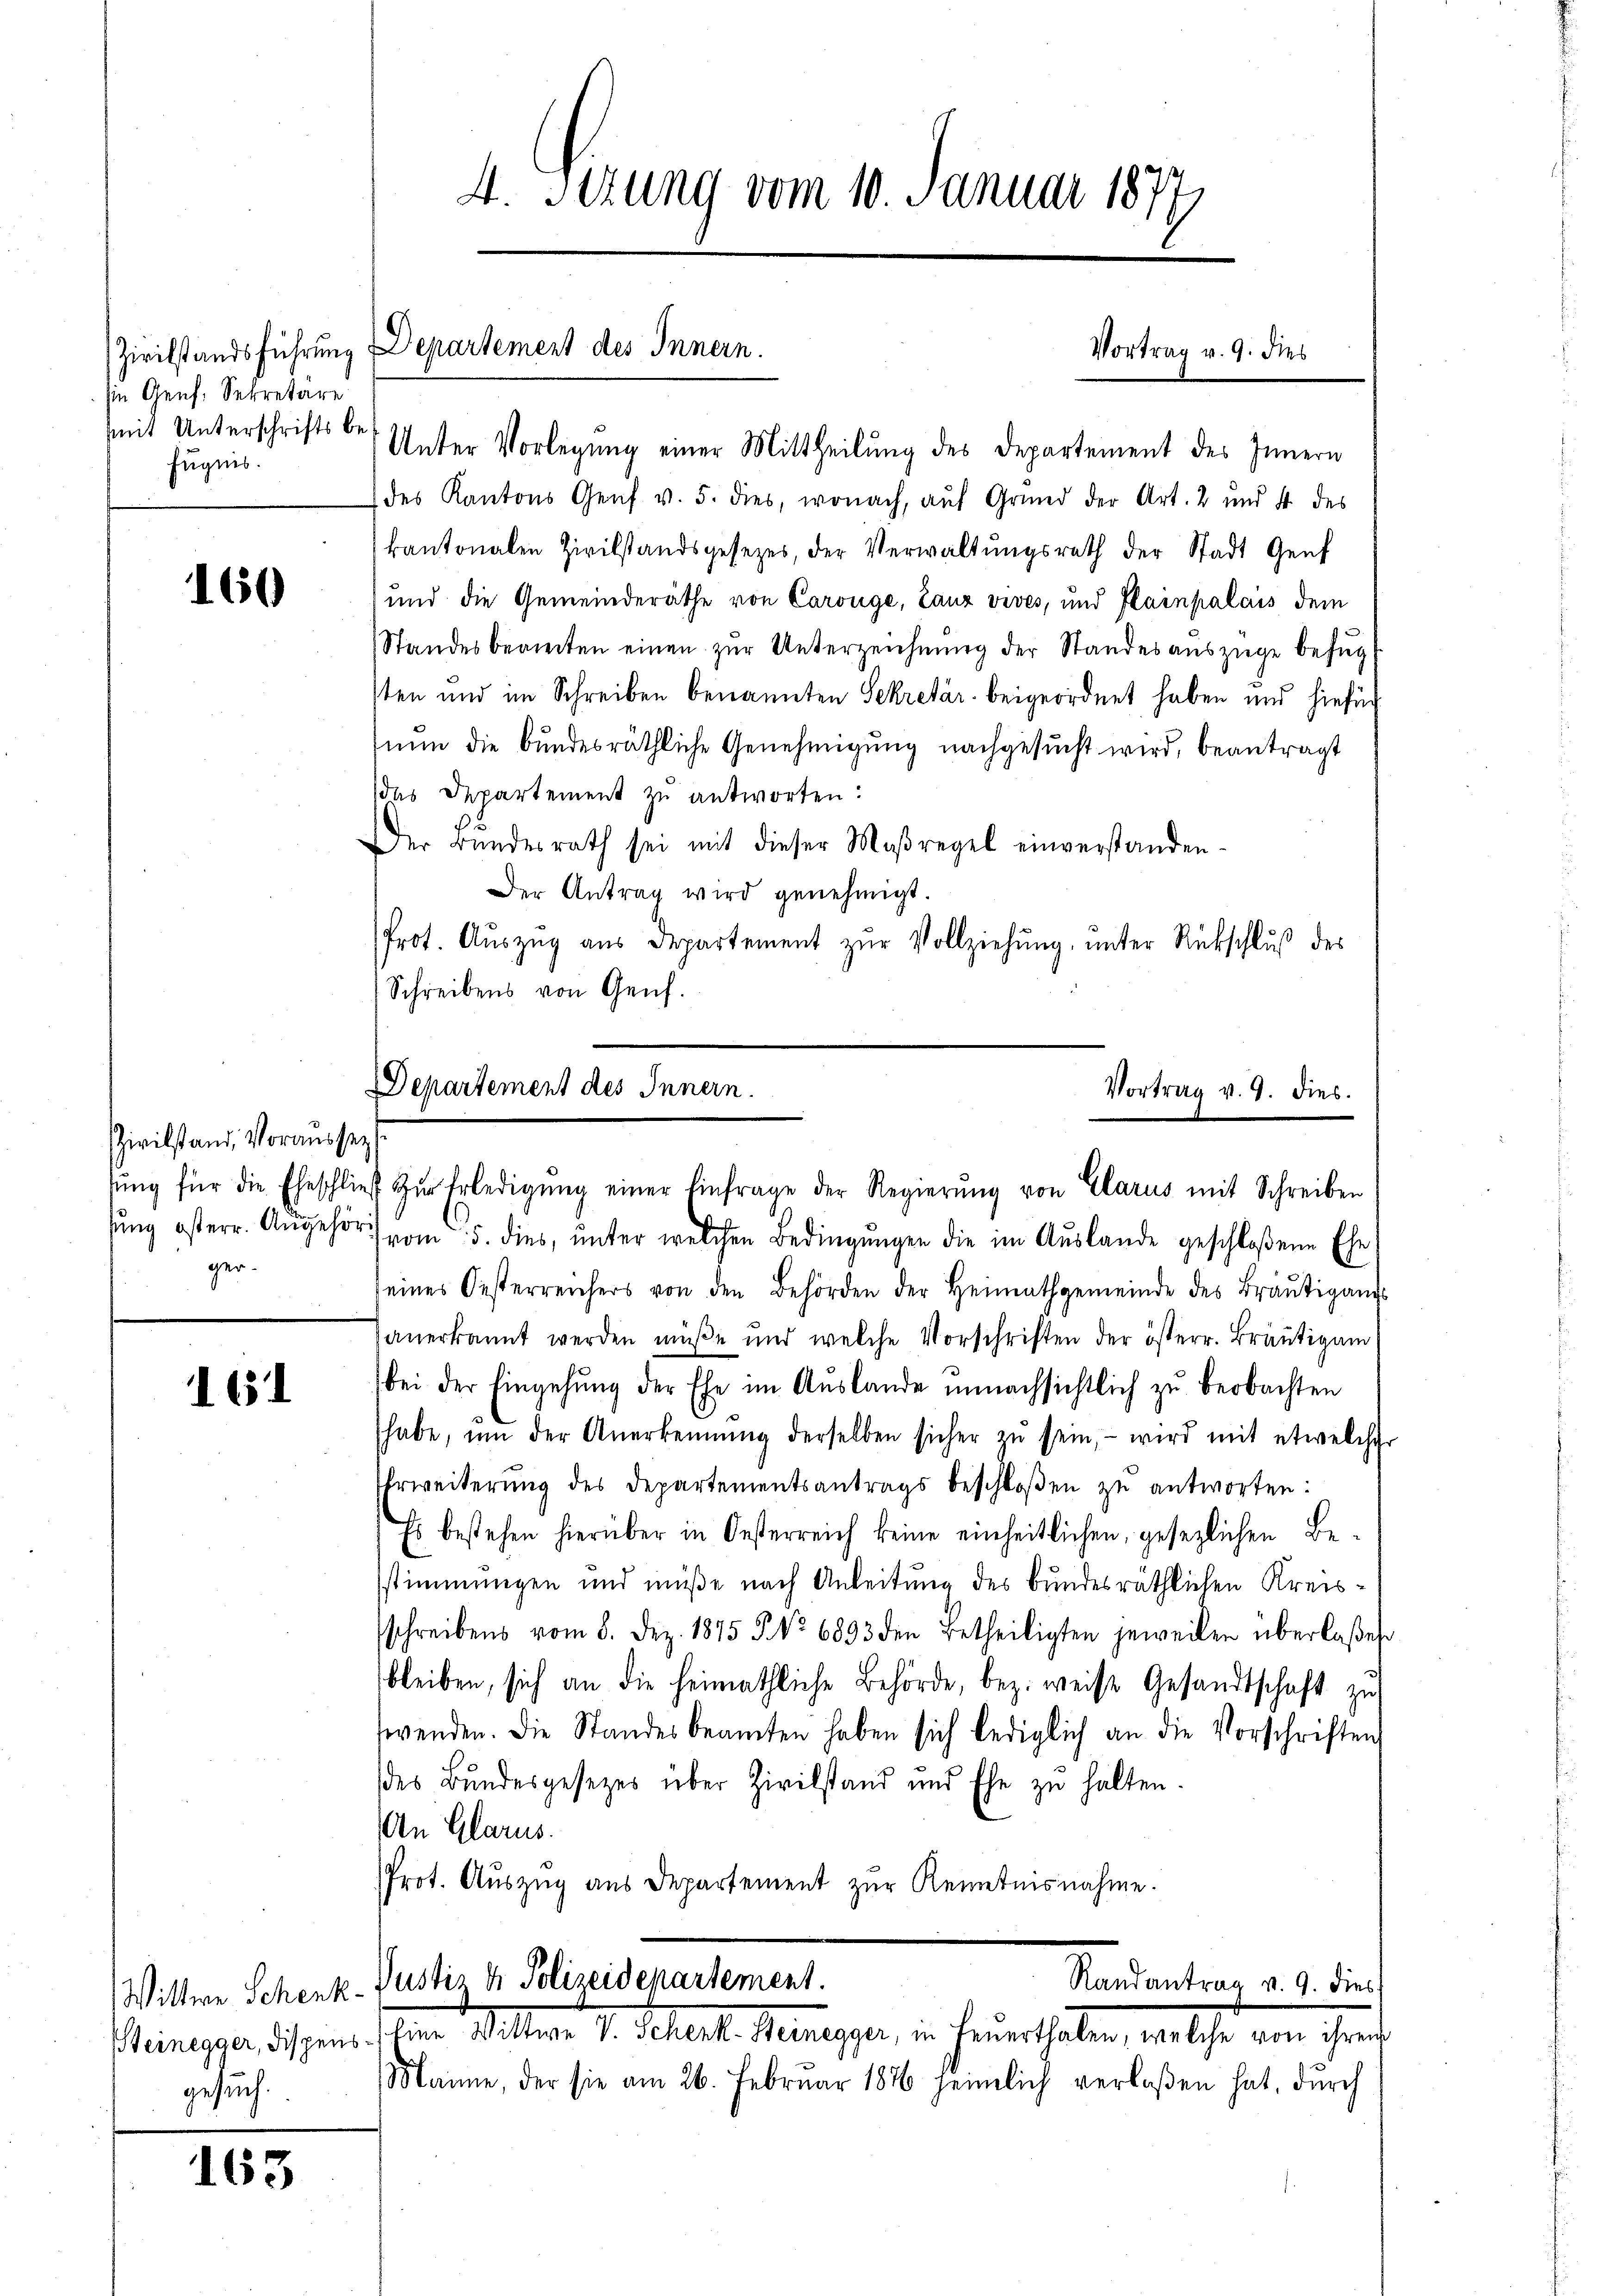
sine Genf, Sekretäre
mit Unterschrifts befugnis.

160

Zivilstand, Vorausser
ger.

161

gesuch.

163

s
4. Sitzung vom 10. Januar 1873
G

Unter Vorlegung einer Mittheilung des Departement des Innern
des Kantons Genf v. 5. dies, wonach, aŭf Grund der Art. 2 und 4 des
kantonalen Zivilstandsgesezes, der Verwaltŭngsrath der Stadt Genf
und die Gemeinderäthe von Carouge, Lanz vives, und Plainpalais dem
Standesbeamten einen zŭr Unterzeichnŭng der Standesauszüge befŭgt
sten und im Schreiben benannten Sekretär beigeordnet haben und hiefür
nŭn die bundesräthliche Genehmigŭng nachgesŭcht wird, beantragt
das Departement zu antworten:
Der Bŭndesrath sei mit dieser Maßregel einverstanden-
Der Antrag wird genehmigt.
Prot. Aŭszŭg aŭs Departement zŭr Vollziehŭng ŭnter Rückschlŭβ des
Schreibens von Genf.
Departement des Innern.

Zivilstandsführung Departement des Innern.

Vortrag v. 9. dies

sŭng oft err. Angehör vom 5. dies, ŭnter welchen Bedingŭngen die im Auslande geschloßene Ehe
seines Oesterreichers von den Behörden der Heimathgemeinde des Bräŭtigam
anerkannt werden müße und welche Vorschriften der österr. Bräutigam
bei der Eingehung der Ehe im Auslande unnachsichtlich zu beobachten
habe, ŭm der Anerkennung derselben sicher zŭ sein, - wird mit etwelcher
Erweiterung des Departementsantrags beschloßen zu antworten:
Es bestehen hierüber in Oesterreich keine einheitlichen, gesezlichen Be-
sstimmungen und müße nach Anleitung des bundesräthlichen Kreissschreibens vom 8. Dez. 1875 5 No 6833 den betheiligten jeweilen überlaßen
bleiben, sich an die heimathliche Behörde, bez. weise Gesandtschaft zu
wenden. Die Standesbeamten haben sich lediglich an die Vorschriften
des Bundesgesetzes über Zivilstand und Ehe zŭ halten.
An Glarus.
Prot. Aŭszŭg ans Departement zur Kenntnisnahme.
Randantrag v. 9. dies
Wittwe Schenk- Justiz & Polizeidepartement.
enegger, dischen u. Mitter. D. Rechtete Menegger, in heuerthalen, war beher von ihrer
önne, der sie am 26. Februar 187 heimlich verlaßen hat, dŭrch

Vortrag v. 9. dies.
tŭng für die Eheschlieβ zŭr Erledigŭng einer Einfrage der Regierŭng von Glarus mit Schreiben